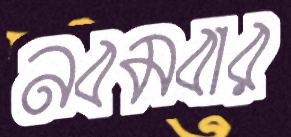
নবমবার